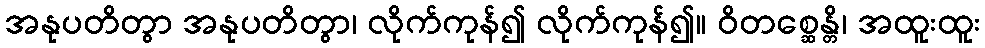
အနုပတိတွာ အနုပတိတွာ၊ လိုက်ကုန်၍ လိုက်ကုန်၍။ ဝိတစ္ဆေန္တိ၊ အထူးထူး